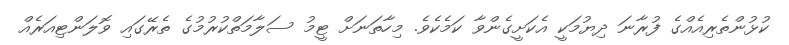
ކުޅުންތެރިއެއްގެ ފުރާނަ ދިޔުމަކީ އެކަށީގެންވާ ކަމެކެވެ. މިހާތަނަށް ޓީމު ސަލާމަތްކުރުމުގެ ތެރޭގައި ވޮލަންޓިއަރެއް